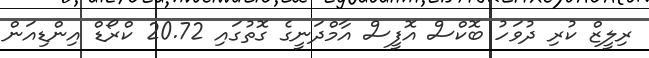
ރިލީޒް ކުރި ދުވަހު ބޮކްސް އޮފީސް އާމްދަނީގެ ގޮތުގައި 20.72 ކްރޯޑް އިންޑިއަން